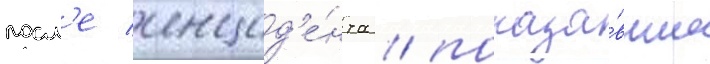
посл'е инцид'е́нта / показа́вшие